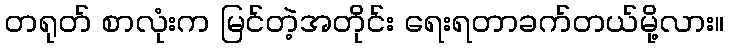
တရုတ် စာလုံးက မြင်တဲ့အတိုင်း ရေးရတာခက်တယ်မို့လား။